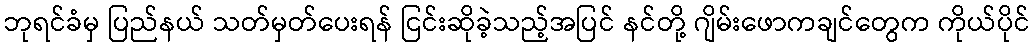
ဘုရင်ခံမှ ပြည်နယ် သတ်မှတ်ပေးရန် ငြင်းဆိုခဲ့သည့်အပြင် နင်တို့ ဂျိမ်းဖောကချင်တွေက ကိုယ်ပိုင်